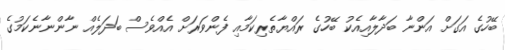
ބޭހުގެ އަގަށް އަންނާ ބަދާލާއިއެކު ބޭހުގެ ރައްޔާތެރިކަމާއި ފެންވަރަށް އެއްވެސް ބަދަލެއް ނާންނާނެކަމުގެ